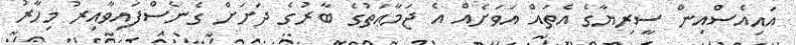
އައިއެސްއިން ސީރިޔާގެ އެތައް އަވަށެއް އެ ޖަމާޢަތުގެ ބާރުގެ ދަށަށް ގެނެސްފައިވާއިރު މިހާރު